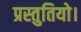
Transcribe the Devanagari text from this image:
प्रस्तुतियो।